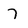
Character: 7